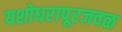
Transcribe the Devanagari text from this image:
यशोधरापूरजवळ